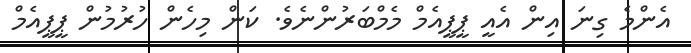
އެންމެ ގިނަ އިން އެއީ ޕީޕީއެމް މެމްބަރުންނެވެ. ކަން މިހެން ހުރުމުން ޕީޕީއެމް